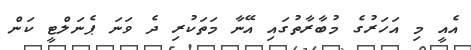
އެއީ މި އަހަރުގެ މުބާރާތުގައި އޭނާ މަތަކުރި ދެ ވަނަ ޕެނަލްޓީ ކަން